65_HS1-834228961_62-HQ-83894_Section_7
Agency: FBI
Page 85
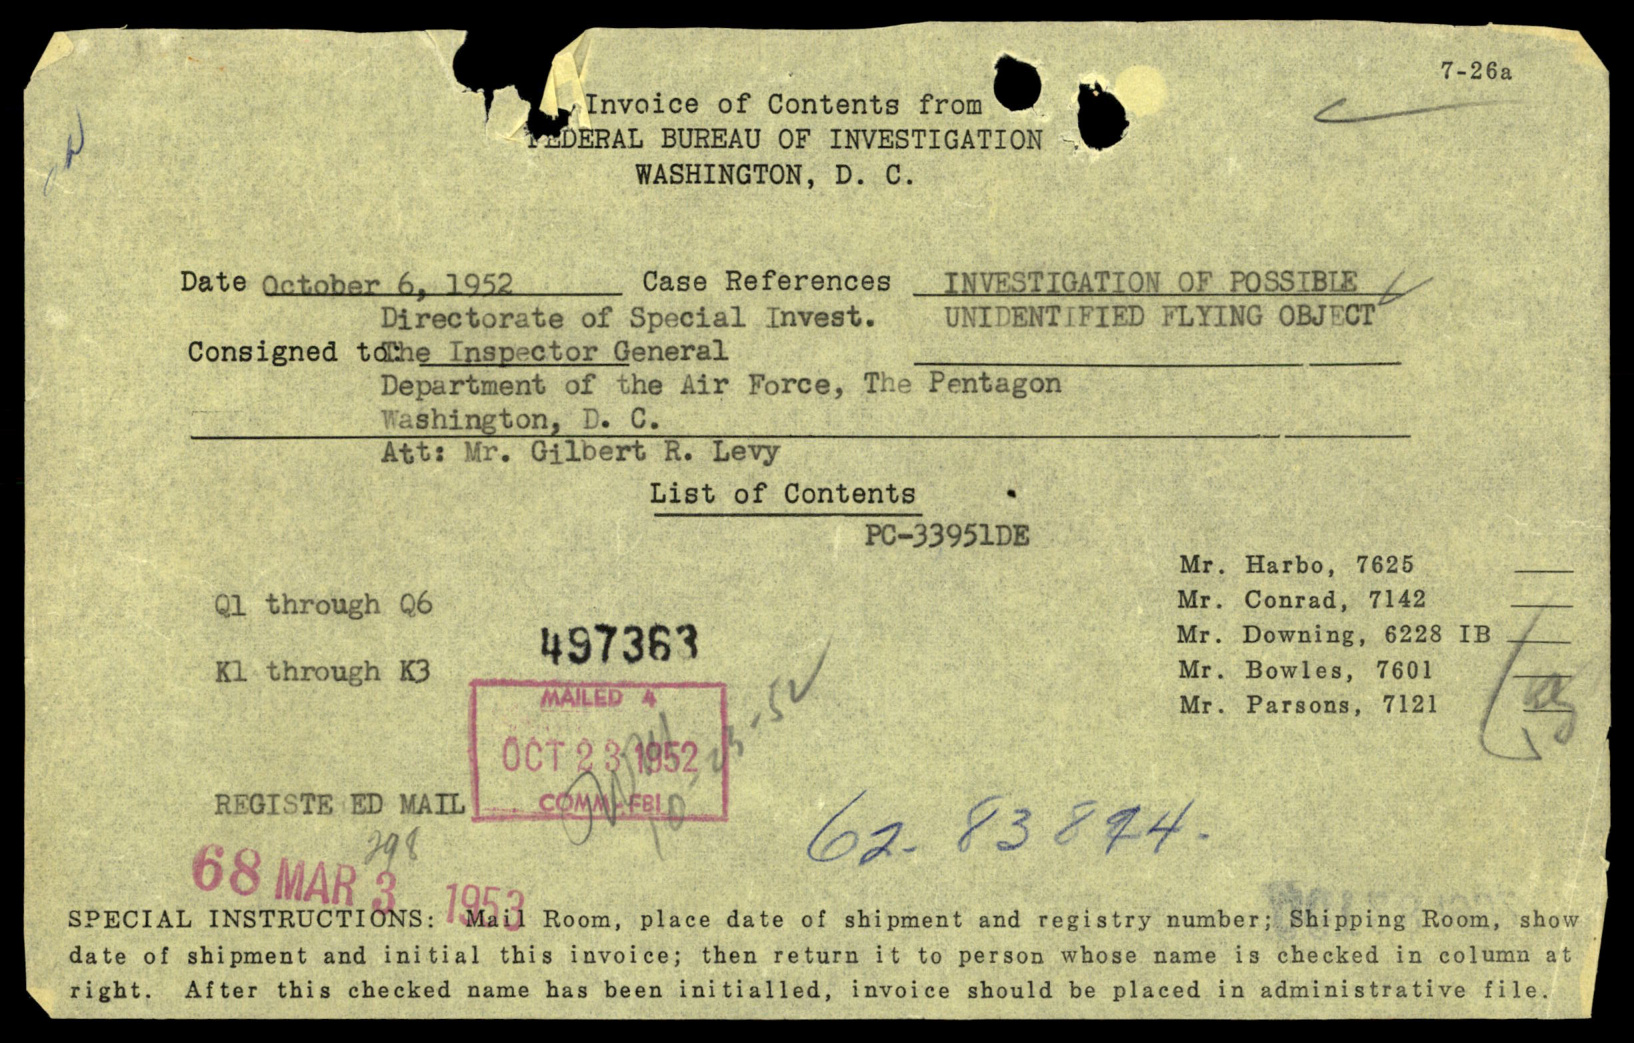